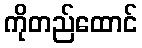
ကိုတည်ထောင်